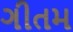
ગીતમ